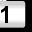
Digit: 1